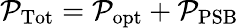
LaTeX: \mathcal{P}_{\mathrm{Tot}}=\mathcal{P}_{\mathrm{opt}}+\mathcal{P}_{\mathrm{PSB}}